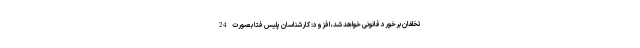
تخلفان برخورد قانونی خواهد شد، افزود: کارشناسان پلیس فتا بصورت 24